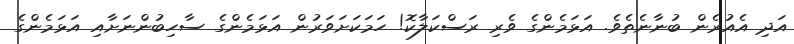
އަދި އެއުރެން ބުނާނެތެވެ. އަޅަމެންގެ ވެރި ރަސްކަލާކޮ! ހަމަކަށަވަރުން އަޅަމެންގެ ސާހިބުންނަށާއި އަޅަމެންގެ